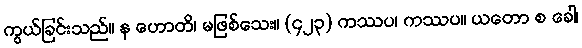
ကွယ်ခြင်းသည်။ န ဟောတိ၊ မဖြစ်သေး။ (၄၂၃) ကဿပ၊ ကဿပ။ ယတော စ ခေါ၊